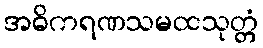
အဓိကရဏသမထသုတ္တံ